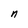
Character: n